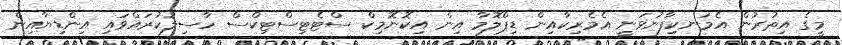
މީގެ އިތުރުން އެމަނކިފާނުވަނީ އެމެރިކާއިން ޑިޕްލޮމާ އިން އިކޮނޮމިކް ސްޓެޓިސްޓިކްސް ހާސިލުކުރައްވައި އިންޑިޔާއިން